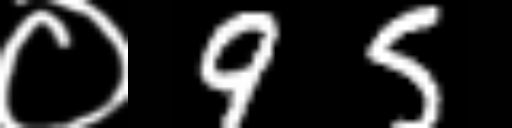
Text: ०95